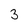
Character: 3